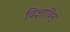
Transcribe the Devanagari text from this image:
विज्ञाविन्